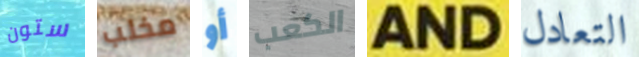
ستون مخلب أو الكعب AND التعادل